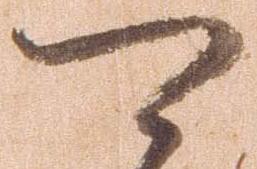
可